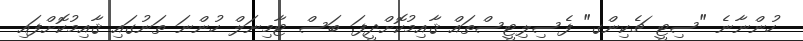
ހުންނާނެ "ސިޓީ ޗެކިންގ" ފެސިލިޓީސްތައް ޤާއިމުކޮށްދީފަ. ބަސް ޓާމިނަލް ހުންނަ ތަނުގައި ޤާއިމުކޮށްފައި